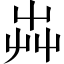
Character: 芔